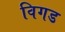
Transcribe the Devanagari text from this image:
विगड